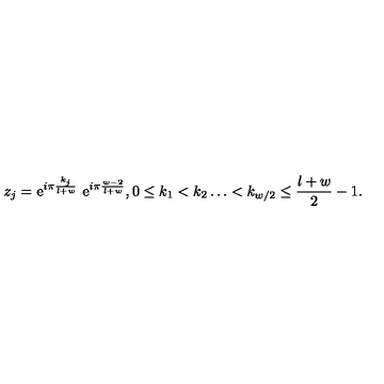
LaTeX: z _ { j } = \mathrm { e } ^ { i \pi \frac { k _ { j } } { l + w } } \ \mathrm { e } ^ { i \pi \frac { w - 2 } { l + w } } , 0 \leq k _ { 1 } < k _ { 2 } \dots < k _ { w / 2 } \leq \frac { l + w } { 2 } - 1 .